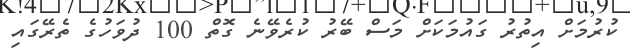
ކުރުމަށް އިތުރު ގައުމަކަށް މަސް ބޭރު ކުރެވޭނެ ގޮތް 100 ދުވަހުގެ ތެރޭގައި